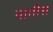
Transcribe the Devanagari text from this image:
यातीस